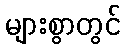
များစွာတွင်